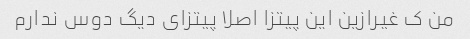
من ک غیرازین این پیتزا اصلا پیتزای دیگ دوس ندارم